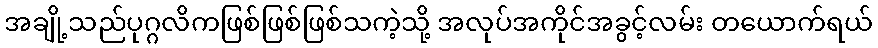
အချို့သည်ပုဂ္ဂလိကဖြစ်ဖြစ်ဖြစ်သကဲ့သို့ အလုပ်အကိုင်အခွင့်လမ်း တယောက်ရယ်